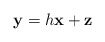
\begin{align*}\mathbf{y}=h \mathbf{x} + \mathbf{z}\end{align*}